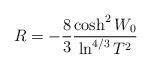
LaTeX: \begin{align*}R=-\frac{8}{3}\frac{\cosh^{2}W_0}{\ln^{4/3}T^2}\end{align*}